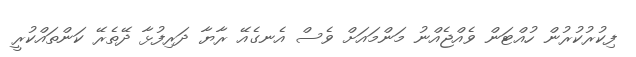
ފިކުރުކުރުން ހުއްޓަން ވެއްޖެއްނު މަންމައަށް ވެސް އެނގެއޭ ރާޔާ ދަރިފުޅާ ދޭތެރޭ ކަންތައްކުރީ